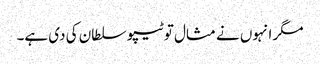
مگر انہوں نے مثال تو ٹیپو سلطان کی دی ہے۔